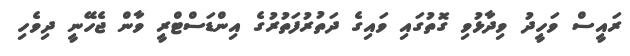
ރައީސް ވަހީދު ވިދާޅުވި ގޮތުގައި ވައިގެ ދަތުރުފަތުރުގެ އިންޑަސްޓްރީ ވާން ޖެހޭނީ ދިވެހި